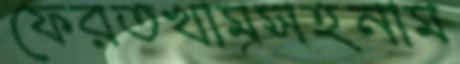
ফেরতখামসহনাম